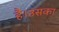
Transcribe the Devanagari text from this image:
है।उसका